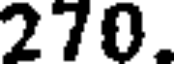
270.